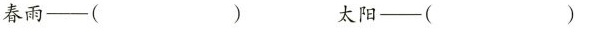
春雨—( ）太阳-9—( )